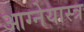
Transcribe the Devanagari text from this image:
आग्‍नेयास्‍त्र